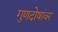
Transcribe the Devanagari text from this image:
गुणदोषांवर